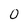
Character: 0